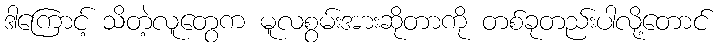
ဒါကြောင့် သိတဲ့လူတွေက မူလစွမ်းအားဆိုတာကို တစ်ခုတည်းပါလို့တောင်